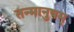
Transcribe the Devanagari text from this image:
तन्मानुषम्